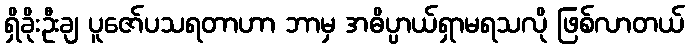
ရှိခိုးဦးချ ပူဇော်ပသရတာဟာ ဘာမှ အဓိပ္ပာယ်ရှာမရသလို ဖြစ်လာတယ်